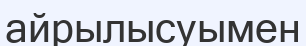
айрылысуымен